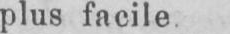
plus facile